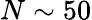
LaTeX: N\sim 50